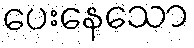
ပေးနေသော